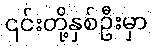
၎င်းတို့နှစ်ဦးမှာ